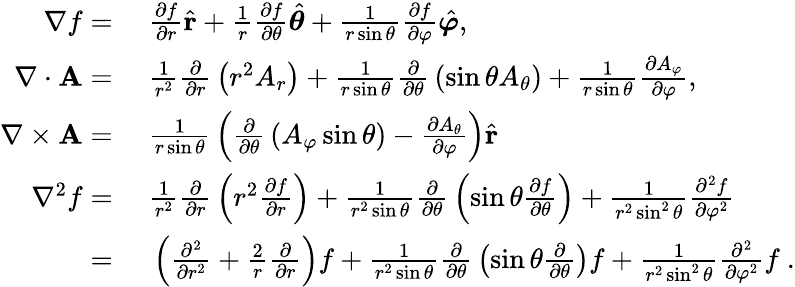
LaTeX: \begin{array}{rl}{\nabla f={}}&{{}{\frac{\partial f}{\partial r}}{\hat{\mathbf{r}}}+{\frac{1}{r}}{\frac{\partial f}{\partial\theta}}{\hat{\boldsymbol{\theta}}}+{\frac{1}{r\sin\theta}}{\frac{\partial f}{\partial\varphi}}{\hat{\boldsymbol{\varphi}}},}\\ {\nabla\cdot\mathbf{A}={}}&{{}{\frac{1}{r^{2}}}{\frac{\partial}{\partial r}}\left(r^{2}A_{r}\right)+{\frac{1}{r\sin\theta}}{\frac{\partial}{\partial\theta}}\left(\sin\theta A_{\theta}\right)+{\frac{1}{r\sin\theta}}{\frac{\partial A_{\varphi}}{\partial\varphi}},}\\ {\nabla\times\mathbf{A}={}}&{{}{\frac{1}{r\sin\theta}}\left({\frac{\partial}{\partial\theta}}\left(A_{\varphi}\sin\theta\right)-{\frac{\partial A_{\theta}}{\partial\varphi}}\right){\hat{\mathbf{r}}}}\\ {\nabla^{2}f={}}&{{}{\frac{1}{r^{2}}}{\frac{\partial}{\partial r}}\left(r^{2}{\frac{\partial f}{\partial r}}\right)+{\frac{1}{r^{2}\sin\theta}}{\frac{\partial}{\partial\theta}}\left(\sin\theta{\frac{\partial f}{\partial\theta}}\right)+{\frac{1}{r^{2}\sin^{2}\theta}}{\frac{\partial^{2}f}{\partial\varphi^{2}}}}\\ {={}}&{{}\left({\frac{\partial^{2}}{\partial r^{2}}}+{\frac{2}{r}}{\frac{\partial}{\partial r}}\right)f+{\frac{1}{r^{2}\sin\theta}}{\frac{\partial}{\partial\theta}}\left(\sin\theta{\frac{\partial}{\partial\theta}}\right)f+{\frac{1}{r^{2}\sin^{2}\theta}}{\frac{\partial^{2}}{\partial\varphi^{2}}}f~.}\end{array}